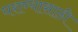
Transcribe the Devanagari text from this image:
घराण्यासाठी